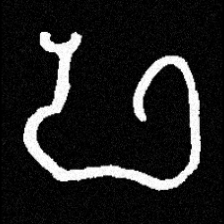
Pyu character \u2014 Myanmar letter: ဖ (romanized: pha)